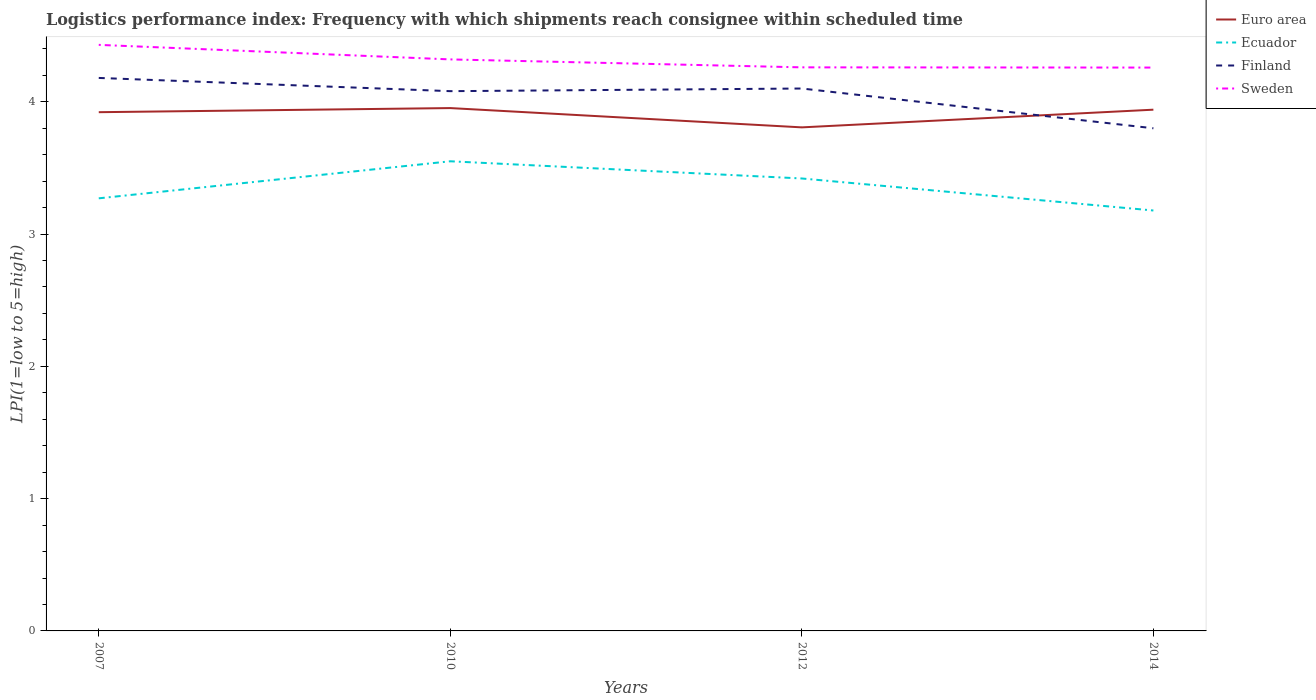
| Years | Euro area | Ecuador | Finland | Sweden |
 | --- | --- | --- | --- | --- |
 | 2007 | 3.92 | 3.27 | 4.18 | 4.43 |
 | 2010 | 3.95 | 3.55 | 4.08 | 4.32 |
 | 2012 | 3.81 | 3.42 | 4.1 | 4.26 |
 | 2014 | 3.94 | 3.18 | 3.8 | 4.26 |